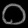
Digit: ၀